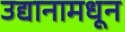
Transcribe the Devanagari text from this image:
उद्यानामधून